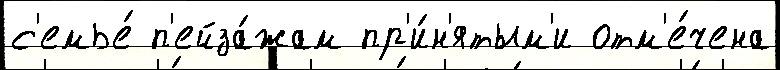
с'емье́ п'ейза́жам пр'и́н'ятым'и отм'е́чена